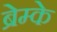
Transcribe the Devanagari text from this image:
ब्रेम्के